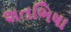
શતભિષા